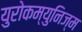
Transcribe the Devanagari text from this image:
युरोकम्युनिज्म